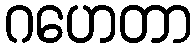
ဂဟေတာ